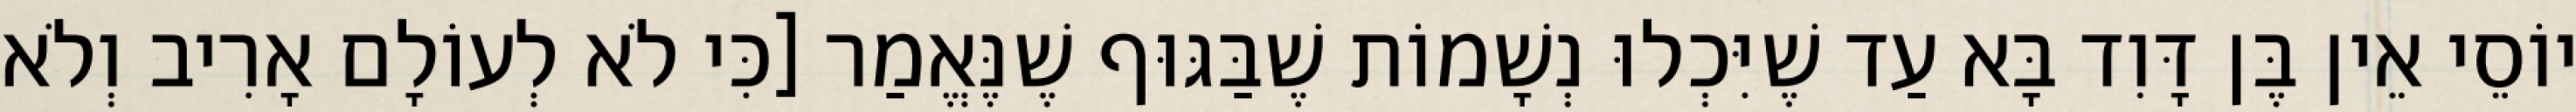
יוֹסֵי אֵין בֶּן דָּוִד בָּא עַד שֶׁיִּכְלוּ נְשָׁמוֹת שֶׁבַּגּוּף שֶׁנֶּאֱמַר [כִּי לֹא לְעוֹלָם אָרִיב וְלֹא